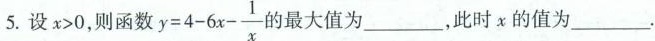
5.设$$x > 0$$，则函数$$y = 4 - 6 x - \frac { 1 } { x }$$ 最大值为___，此时x的值为___.